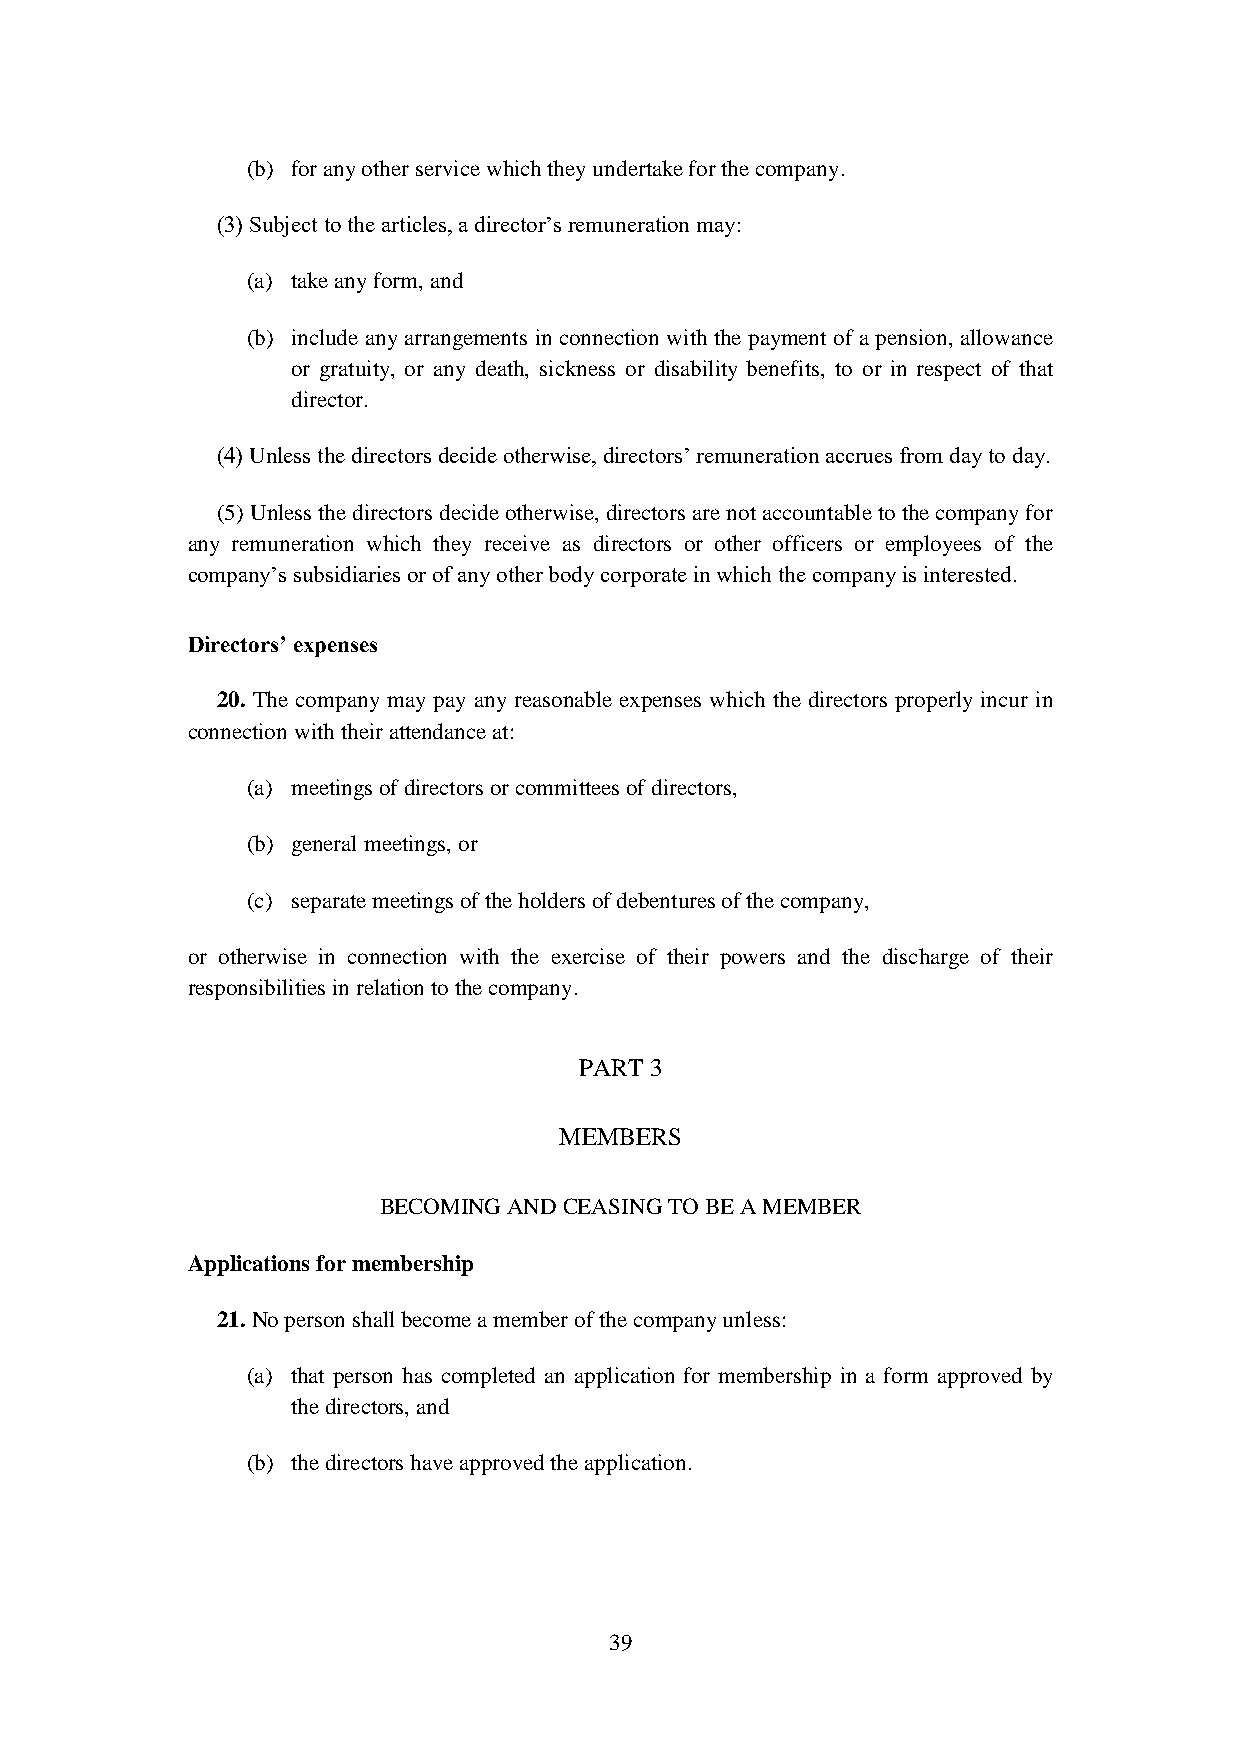
(b) for any other service which they undertake for the company.
 (3) Subject to the articles, a director’s remuneration may:
 (a) take any form, and
 (b) include any arrangements in connection with the payment of a pension, allowance
 or gratuity, or any death, sickness or disability benefits, to or in respect of that
 director.
 (4) Unless the directors decide otherwise, directors’ remuneration accrues from day to day.
 (5) Unless the directors decide otherwise, directors are not accountable to the company for
 any remuneration which they receive as directors or other officers or employees of the
 company’s subsidiaries or of any other body corporate in which the company is interested.
 Directors’ expenses
 20. The company may pay any reasonable expenses which the directors properly incur in
 connection with their attendance at:
 (a) meetings of directors or committees of directors,
 (b) general meetings, or
 (c) separate meetings of the holders of debentures of the company,
 or otherwise in connection with the exercise of their powers and the discharge of their
 responsibilities in relation to the company.
 PART 3
 MEMBERS
 BECOMING AND CEASING TO BE A MEMBER
 Applications for membership
 21. No person shall become a member of the company unless:
 (a) that person has completed an application for membership in a form approved by
 the directors, and
 (b) the directors have approved the application.
 39